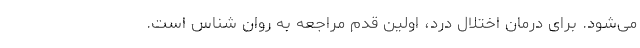
می‌شود. برای درمان اختلال درد، اولین قدم مراجعه به روان شناس است.